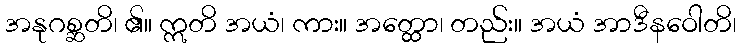
အနုဂစ္ဆတိ၊ ၏။ ဣတိ အယံ၊ ကား။ အတ္ထော၊ တည်း။ အယံ အာဒီနဝေါတိ၊